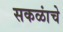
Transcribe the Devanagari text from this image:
सकळांचे